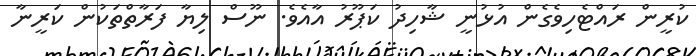
ކުރީން ރައްޓެހިވެގެން އުޅުނީ ޝާހިދު ކަޕޫރު އާއެވެ. ނޫސް ލިޔާ ފަރާތްތަކުން ކަރީނާ